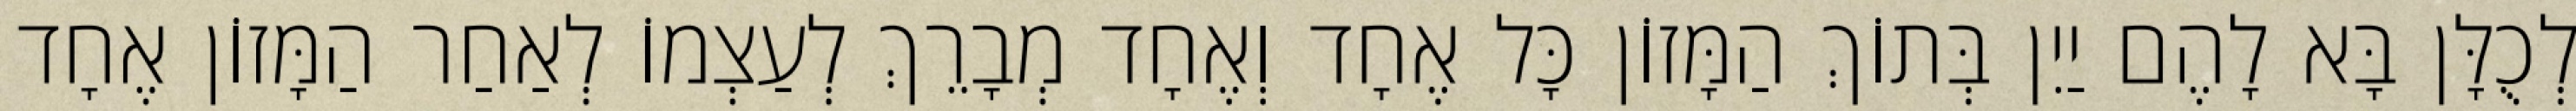
לְכֻלָּן בָּא לָהֶם יַיִן בְּתוֹךְ הַמָּזוֹן כָּל אֶחָד וְאֶחָד מְבָרֵךְ לְעַצְמוֹ לְאַחַר הַמָּזוֹן אֶחָד